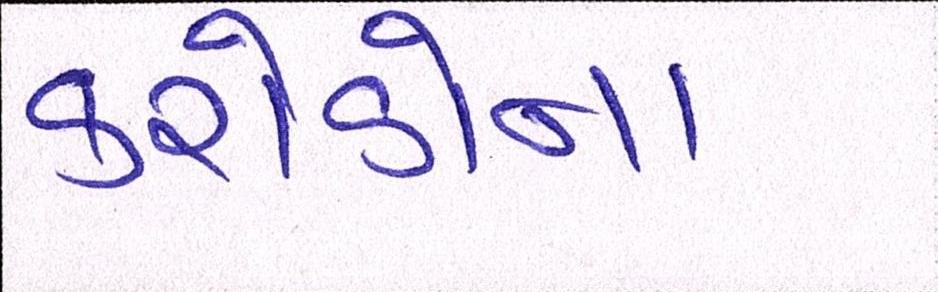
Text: કરોડોના